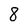
Character: 8